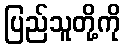
ပြည်သူတို့ကို